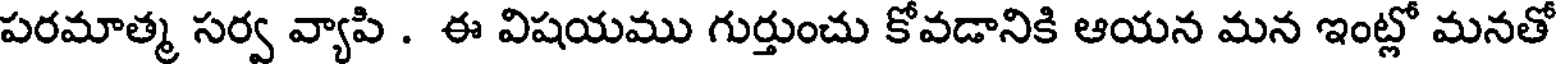
పరమాత్మ సర్వ వ్యాపి . ఈ విషయము గుర్తుంచు కోవడానికి ఆయన మన ఇంట్లో మనతో